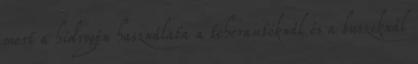
mert a hidrogén használata a teherautóknál és a buszoknál